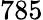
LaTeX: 785